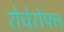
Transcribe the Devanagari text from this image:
रोचेरोफ्त